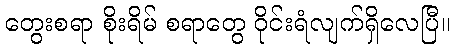
တွေးစရာ စိုးရိမ် စရာတွေ ဝိုင်းရံလျက်ရှိလေပြီ။